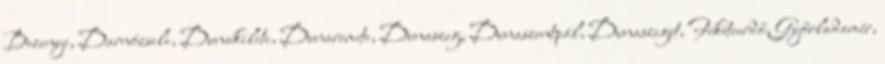
Bezenye, Darnózseli, Dunakiliti, Dunaremete, Dunaszeg, Dunaszentpál, Dunasziget, Feketeerdő, Győrladamér,